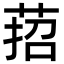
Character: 萔